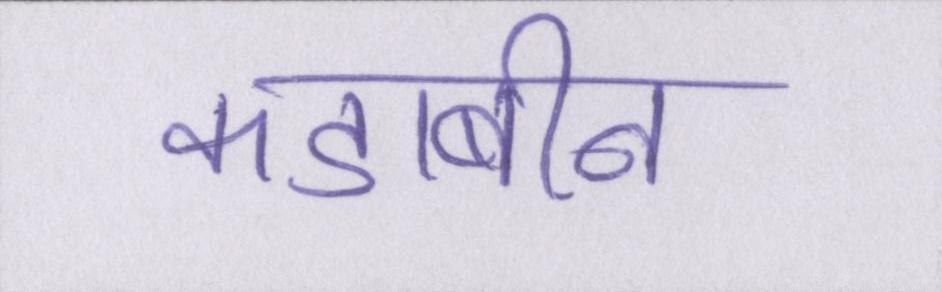
कडाबीन